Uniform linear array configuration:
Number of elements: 32
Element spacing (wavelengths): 0.75
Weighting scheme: blackman
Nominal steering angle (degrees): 60
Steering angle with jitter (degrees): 58.3
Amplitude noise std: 0.05
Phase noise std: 0.05

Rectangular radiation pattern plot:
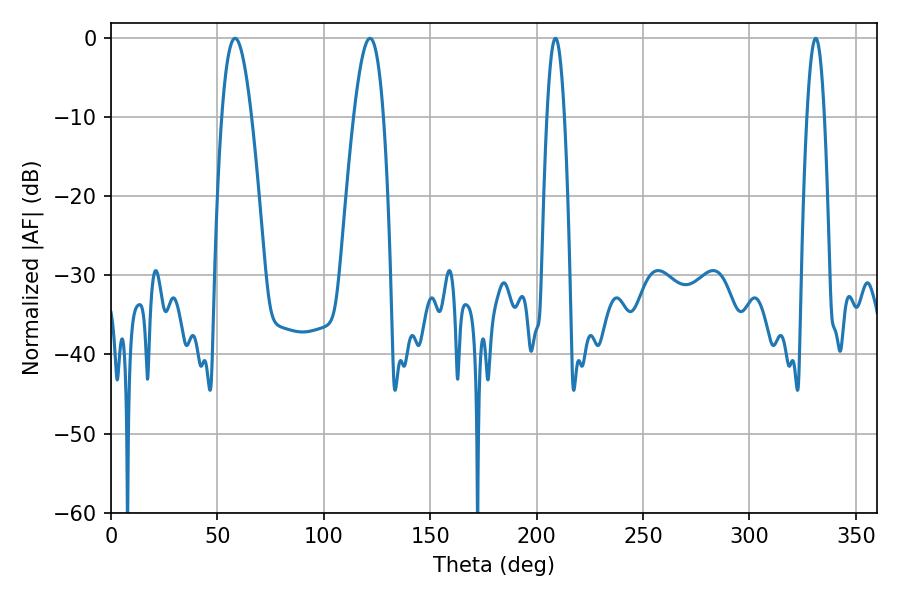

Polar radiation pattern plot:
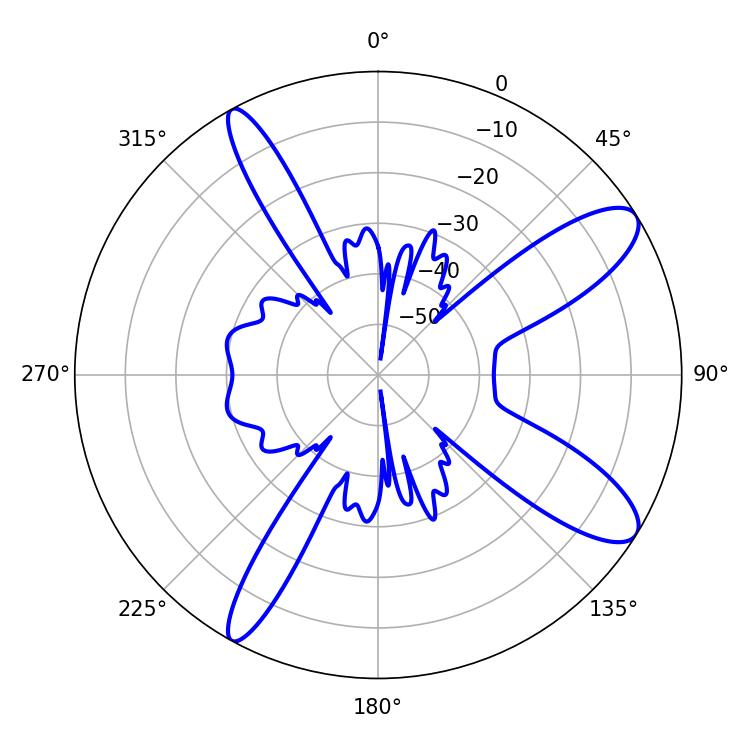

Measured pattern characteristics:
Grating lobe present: TRUE
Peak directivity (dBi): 10.887
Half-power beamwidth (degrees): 7.56
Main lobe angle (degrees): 58.32